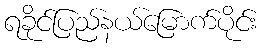
ရခိုင်ပြည်နယ်မြောက်ပိုင်း